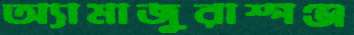
অ্যামাজুরাস্পঞ্জ